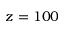
z = 1 0 0